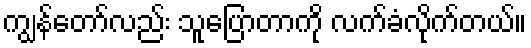
ကျွန်တော်လည်း သူပြောတာကို လက်ခံလိုက်တယ်။